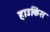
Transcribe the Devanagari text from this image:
हाउकिंस